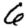
Digit: 6